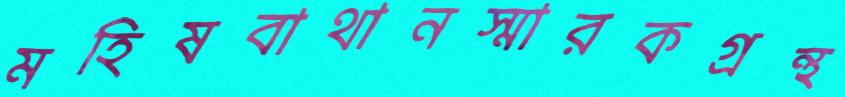
মহিষবাথানস্মারকগ্রন্থ